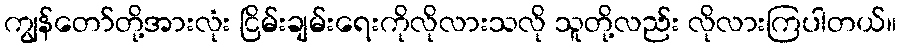
ကျွန်တော်တို့အားလုံး ငြိမ်းချမ်းရေးကိုလိုလားသလို သူတို့လည်း လိုလားကြပါတယ်။